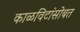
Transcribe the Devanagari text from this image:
काळविटांसोबत